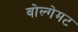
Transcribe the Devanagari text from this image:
वोल्गेमट